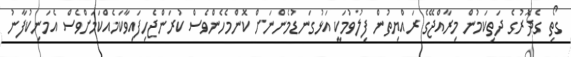
ގޯތި ގެދޮރުގެ ދަތިކަމުން މިރާއްޖޭގެ ރައްޔިތުން ފިލުވުމަކީ އަޅުގަނޑުމެންނަށް ކޮންމެހެންވެސް ކުރަންޖެހިފައިވާކަމެއްކަމަށްވެސް އެމަނިކުފާނު